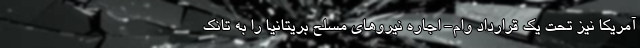
آمریکا نیز تحت یک قرارداد وام- اجاره نیروهای مسلح بریتانیا را به تانک